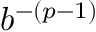
b ^ { - ( p - 1 ) }